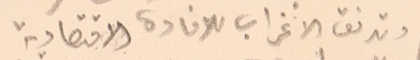
وتدفق الاغراب للافادة الاقتصادية